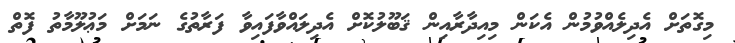
މިގޮތަށް އެދިލެއްވުމުން އެކަން މިއިދާރާއިން ޤަބޫލުކޮށް އެދިލައްވާފައިވާ ފަރާތުގެ ނަމަށް މަޢުލޫމާތު ފޮތް